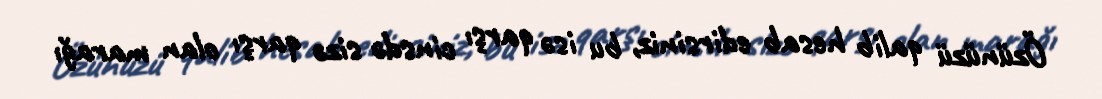
Özünüzü qalib hesab edirsiniz, bu isə qarşı cinsdə sizə qarşı olan marağı